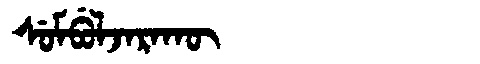
Manchu: ᠰᡠᠮᠪᡠᠯᠵᠠᡵᠠᡴᡡ
Romanization: SUMBULJARAKŪ